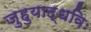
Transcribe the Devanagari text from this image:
जुहुयाद्धविः